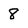
Character: 8